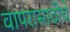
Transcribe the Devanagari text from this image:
वापरासाठीचे